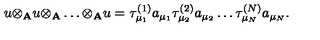
u { \otimes } _ { \bf A } u { \otimes } _ { \bf A } \ldots { \otimes } _ { \bf A } u = { \tau } _ { { \mu } _ { 1 } } ^ { ( 1 ) } a _ { { \mu } _ { 1 } } { \tau } _ { { \mu } _ { 2 } } ^ { ( 2 ) } a _ { { \mu } _ { 2 } } \ldots { \tau } _ { { \mu } _ { N } } ^ { ( N ) } a _ { { \mu } _ { N } } .